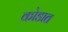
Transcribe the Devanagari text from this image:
कोडात